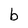
Character: b